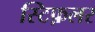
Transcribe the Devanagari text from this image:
स्टिफ़लर